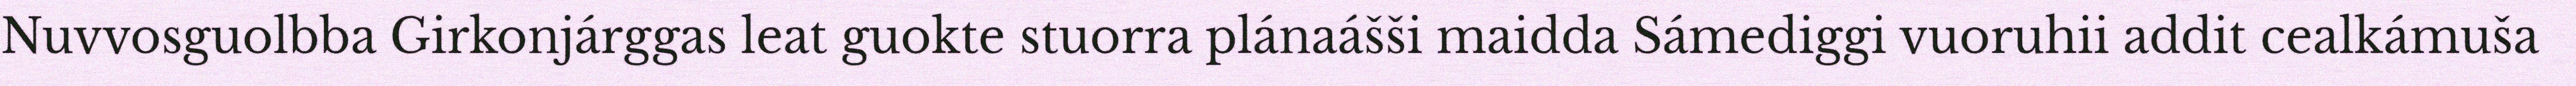
Nuvvosguolbba Girkonjárggas leat guokte stuorra plánaášši maidda Sámediggi vuoruhii addit cealkámuša